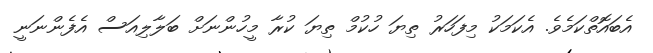
އެބައޮތްކަމެވެ. އެކަމަކު މިފަހަރު ތިޔަ ހުކުމް ތިޔަ ކުރާ މީހުންނަށް ބަލާލިއަސް އެފެންނަނީ